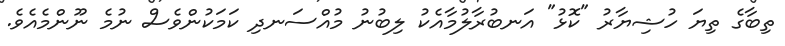
ތިބާގެ ތިޔަ ހުޝިޔާރު "ކޮޅު" އަނބުރާލުމާއެކު ލިބުނު މުއްސަނދި ކަމަކުންވެސް ނުމެ ނޫންމެއެވެ.